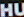
HU